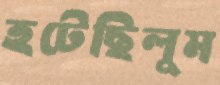
হটেছিলুম